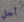
أجل